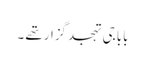
بابا جی تہجد گزار تھے ۔